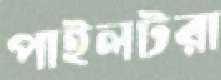
পাইলটরা